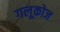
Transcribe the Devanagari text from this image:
गलूकोज